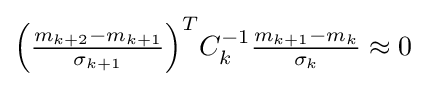
\textstyle \left({\frac {m_{k+2}-m_{k+1}}{\sigma _{k+1}}}\right)^{T}\!C_{k}^{-1}{\frac {m_{k+1}-m_{k}}{\sigma _{k}}}\approx 0